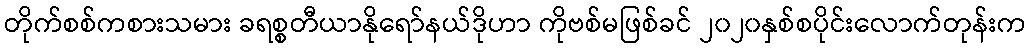
တိုက်စစ်ကစားသမား ခရစ္စတီယာနိုရော်နယ်ဒိုဟာ ကိုဗစ်မဖြစ်ခင် ၂၀၂၀နှစ်စပိုင်းလောက်တုန်းက